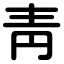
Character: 靑